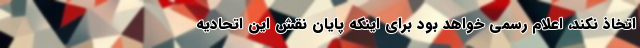
اتخاذ نکند، اعلام رسمی خواهد بود برای اینکه پایان نقش این اتحادیه